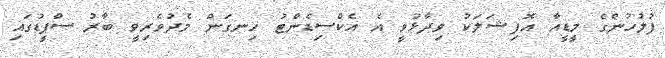
ފުލުހުންގެ މީޑީއާ އޮފިޝަލަކު ވިދާޅުވީ އެ އެކްސިޑެންޓު ހިނގަން މެދުވެރިވީ ބާރު ސްޕީޑުގައި